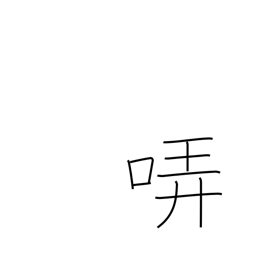
Meaning: warble